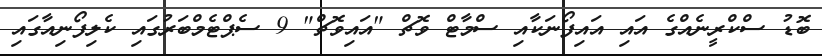
ބޮޑު ސްކްރީނެއްގެ އައި އައިފޯނަކާއި ސްމާޓް ވޮޗް "އައިވޮޗް" 9 ސެޕްޓެމްބަރުގައި ކެލިފޯނިއާގައި